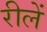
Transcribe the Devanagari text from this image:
रीलें